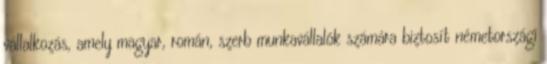
vállalkozás, amely magyar, román, szerb munkavállalók számára biztosít németországi